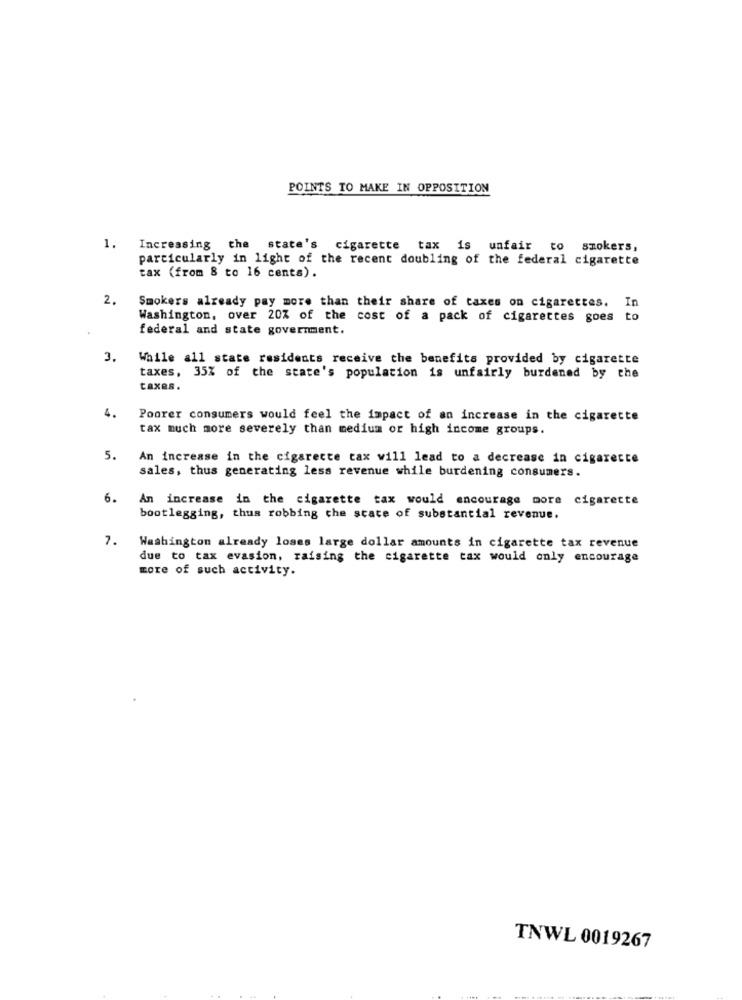
POINTS TO MAKE IN OPPOSITION
1. Increasing the state's cigarette tax is unfair to smokers,
particularly in light of the recent doubling of the federal cigarette
tax (from 8 to 16 cents).
2.
In
Smokers already pay more than their share of taxes on cigarettes.
Washington, over 20% of the cost of a pack of cigarettes goes to
federal and state government.
3.
While all state residents receive the benefits provided by cigarette
taxes, 35% of the state's population is unfairly burdened by the
taxes.
4.
Poorer consumers would feel the impact of an increase in the cigarette
tax much more severely than medium or high income groups.
5.
An increase in the cigarette tax will lead to a decrease in cigarette
sales, thus generating less revenue while burdening consumers.
6.
An increase in the cigarette tax would encourage more cigarette
bootlegging, thus robbing che state of substantial revenue.
7.
Washington already loses large dollar amounts in cigarette tax revenue
due to tax evasion, raising the cigarette tax would only encourage
more of such activity.
TNWL 0019267